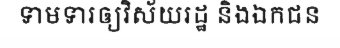
ទាមទារឲ្យវិស័យរដ្ឋ និងឯកជន